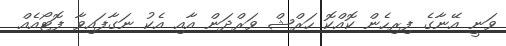
ވަނީ އޭނާގެ ފިރިހެން ކޮއްކޮ ހަރްޝް ވަރްދަން އާއި އެކު ނަގާފައިވާ ފޮޓޯއެއް